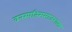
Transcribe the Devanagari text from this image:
वनस्पतिसमाजशास्त्र